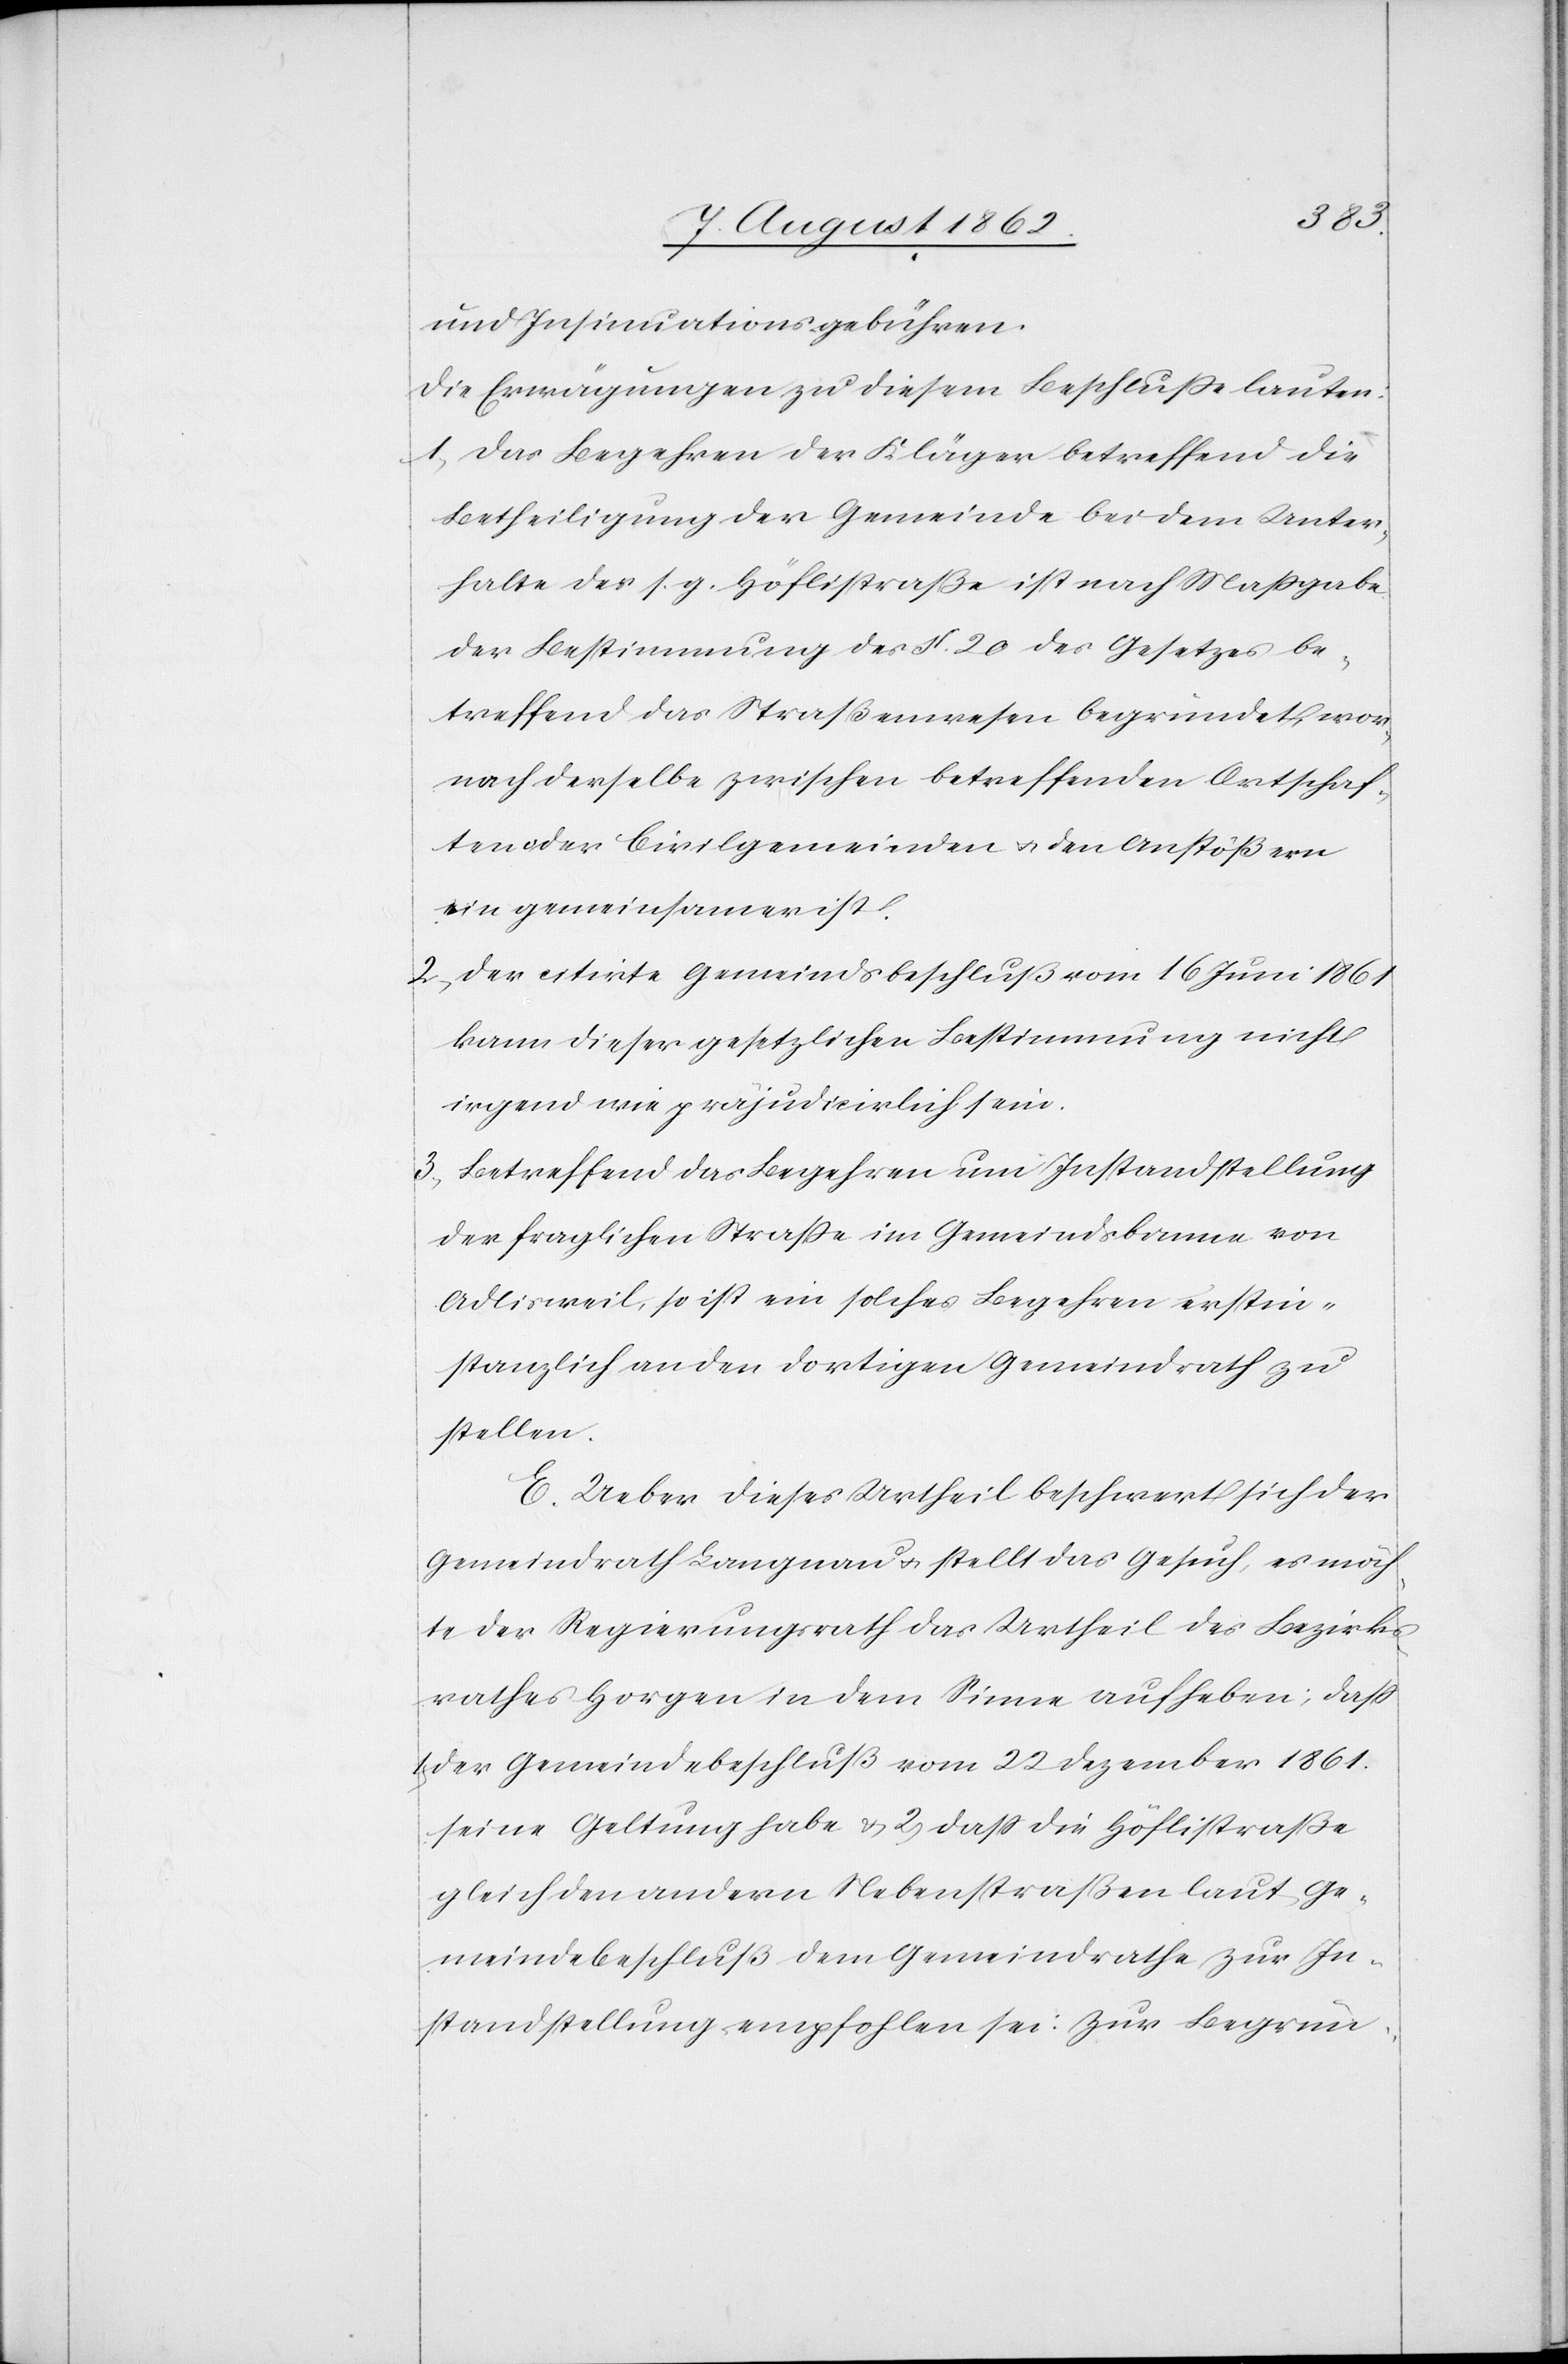
und Insinuationsgebühren.
Die Erwägungen zu diesem Beschluße lauten:
1) Das Begehren der Kläger betreffend die
Beteiligung der Gemeinde bei dem Unter¬
halte der s. g. Höflistraße ist nach Maßgabe
der Bestimmung des §. 20 des Gesetzes be¬
treffend das Straßenwesen begründet, wo¬
nach derselbe zwischen betreffenden Ortschaf¬
ten oder Civilgemeinden u. den Anstößern
ein gemeinsamer ist.
2) Der citirte Gemeindsbeschluß vom 16. Juni 1861
kann dieser gesetzlichen Bestimmung nicht
irgend wie präjudicirlich sein.
3) Betreffend das Begehren um Instandstellung
der fraglichen Straße im Gemeindsbanne von
Adlisweil, so ist ein solches Begehren erstin¬
stanzlich an den dortigen Gemeindrath zu
stellen.
E. Ueber dieses Urtheil beschwert sich der
Gemeindrath Langnau u. stellt das Gesuch, es möch¬
te der Regierungsrath das Urtheil des Bezirks¬
rathes Horgen in dem Sinne aufheben; daß
der Gemeindsbeschluß vom 22. Dezember 1861
seine Geltung habe u. 2) daß die Höflistraße
gleich den andern Nebenstraßen laut Ge¬
meindebeschluß dem Gemeindrathe zur In¬
standstellung empfohlen sei. Zur Begrün-